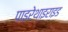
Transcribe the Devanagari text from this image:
पाइरेथाइराइड